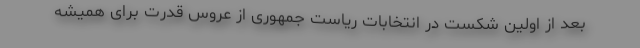
بعد از اولین شکست در انتخاباتِ ریاست جمهوری از عروس قدرت برای همیشه